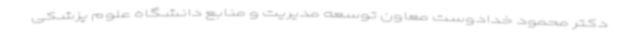
دکتر محمود خدادوست معاون توسعه مدیریت و منابع دانشگاه علوم پزشکی